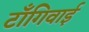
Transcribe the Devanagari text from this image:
टाँगिवाई